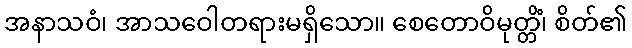
အနာသဝံ၊ အာသဝေါတရားမရှိသော။ စေတောဝိမုတ္တိံ၊ စိတ်၏